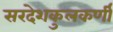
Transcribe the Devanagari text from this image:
सरदेशकुलकर्णी